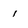
Character: 1